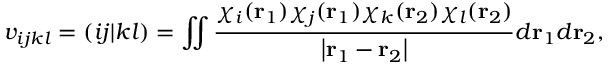
v _ { i j k l } = ( i j | k l ) = \iint \frac { \chi _ { i } ( { \bf r } _ { 1 } ) \chi _ { j } ( { \bf r } _ { 1 } ) \chi _ { k } ( { \bf r } _ { 2 } ) \chi _ { l } ( { \bf r } _ { 2 } ) } { \left| { \bf r } _ { 1 } - { \bf r } _ { 2 } \right| } d { \bf r } _ { 1 } d { \bf r } _ { 2 } ,